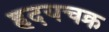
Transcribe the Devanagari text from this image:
हृदयचक्र